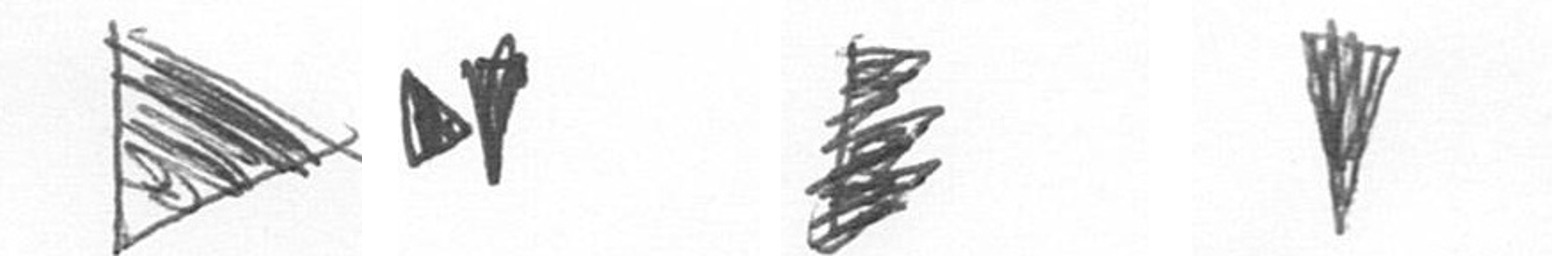
T M H J